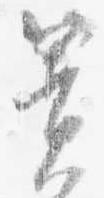
簀